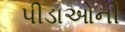
પીડાઓની